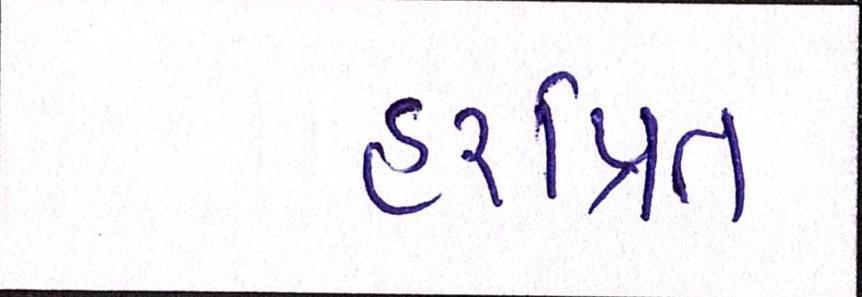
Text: હરપ્રિત